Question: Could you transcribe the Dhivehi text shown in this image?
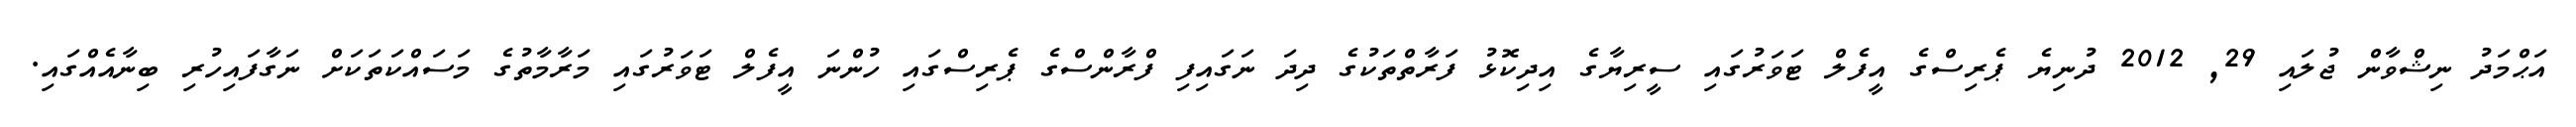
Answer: އަޙްމަދު ނިޝްވާން ޖުލައި 29, 2012 ދުނިޔެ ޕެރިސްގެ އީފެލް ޓަވަރުގައި ސީރިޔާގެ އިދިކޮޅު ފަރާތްތަކުގެ ދިދަ ނަގައިފި ފްރާންސްގެ ޕެރިސްގައި ހުންނަ އީފެލް ޓަވަރުގައި މަރާމާތުގެ މަސައްކަތަކަށް ނަގާފައިހުރި ބިނާއެއްގައި.